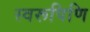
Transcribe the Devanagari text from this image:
स्वरूपिणि